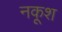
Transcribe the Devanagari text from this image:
नकूश